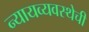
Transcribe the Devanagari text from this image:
न्यायव्यवस्थेची